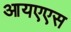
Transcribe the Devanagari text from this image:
आयएएस